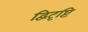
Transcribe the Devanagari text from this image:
द्विदृष्टि